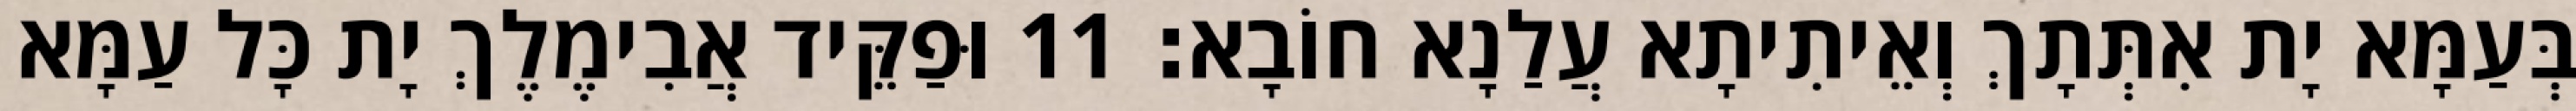
בְּעַמָּא יָת אִתְּתָךְ וְאֵיתִיתָא עֲלַנָא חוֹבָא׃ 11 וּפַקֵּיד אֲבִימֶלֶךְ יָת כָּל עַמָּא